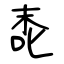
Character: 唜